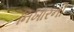
નિખારની